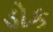
ડોક